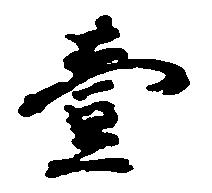
壱